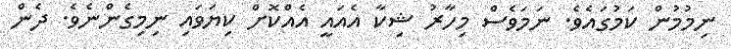
ނިމުމުން ކަމުގައެެވެ. ނަމަވެސް މިހާރު ޝިކާ އެއައީ އެއްކޮށް ކިޔަވައި ނިމިގެންނެވެ. ދެން